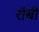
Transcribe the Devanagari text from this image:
राॅबी